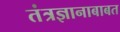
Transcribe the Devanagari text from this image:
तंत्रज्ञानाबाबत